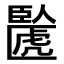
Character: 𫇉